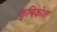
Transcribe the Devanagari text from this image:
कृषिकोश